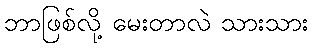
ဘာဖြစ်လို့ မေးတာလဲ သားသား